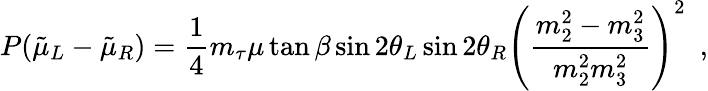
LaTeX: P(\tilde{\mu}_{L}-\tilde{\mu}_{R})=\frac{1}{4}m_{\tau}\mu\tan\beta\sin 2\theta_{L}\sin 2\theta_{R}\left(\frac{m_{2}^{2}-m_{3}^{2}}{m_{2}^{2}m_{3}^{2}}\right)^{2}\ \ ,